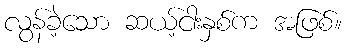
လွန်ခဲ့သော ဆယ့်ငါးနှစ်က အဖြစ်။